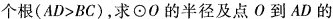
个根(AD>BC)，求⊙O的半径及点О到AD的